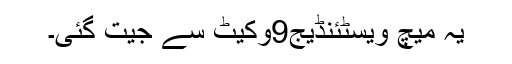
یہ میچ ویسٹئنڈیج9وکیٹ سے جیت گئی۔